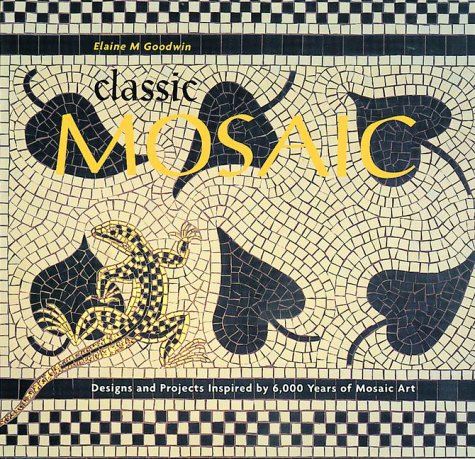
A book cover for Classic Mosaic: Designs & Projects Inspired by 6,000 Years of Mosaic Art; Elaine M. Goodwin; Crafts, Hobbies & Home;